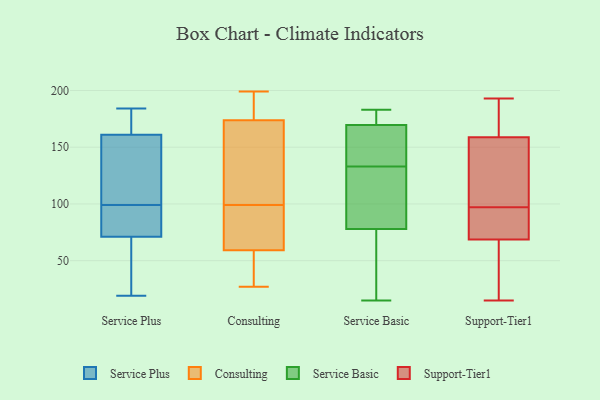
{"axis": {"x": "Temperature (°C)", "y": "Value"}, "legend": ["Consulting", "Service Basic", "Service Plus", "Support-Tier1"], "data": [{"x": "", "y": 44, "type": "Service Plus"}, {"x": "", "y": 175, "type": "Service Plus"}, {"x": "", "y": 64, "type": "Service Plus"}, {"x": "", "y": 147, "type": "Service Plus"}, {"x": "", "y": 79, "type": "Service Plus"}, {"x": "", "y": 19, "type": "Service Plus"}, {"x": "", "y": 176, "type": "Service Plus"}, {"x": "", "y": 122, "type": "Service Plus"}, {"x": "", "y": 184, "type": "Service Plus"}, {"x": "", "y": 95, "type": "Service Plus"}, {"x": "", "y": 78, "type": "Service Plus"}, {"x": "", "y": 103, "type": "Service Plus"}, {"x": "", "y": 80, "type": "Consulting"}, {"x": "", "y": 177, "type": "Consulting"}, {"x": "", "y": 34, "type": "Consulting"}, {"x": "", "y": 199, "type": "Consulting"}, {"x": "", "y": 189, "type": "Consulting"}, {"x": "", "y": 100, "type": "Consulting"}, {"x": "", "y": 163, "type": "Consulting"}, {"x": "", "y": 99, "type": "Consulting"}, {"x": "", "y": 164, "type": "Consulting"}, {"x": "", "y": 29, "type": "Consulting"}, {"x": "", "y": 199, "type": "Consulting"}, {"x": "", "y": 73, "type": "Consulting"}, {"x": "", "y": 55, "type": "Consulting"}, {"x": "", "y": 27, "type": "Consulting"}, {"x": "", "y": 72, "type": "Consulting"}, {"x": "", "y": 173, "type": "Service Basic"}, {"x": "", "y": 148, "type": "Service Basic"}, {"x": "", "y": 166, "type": "Service Basic"}, {"x": "", "y": 32, "type": "Service Basic"}, {"x": "", "y": 82, "type": "Service Basic"}, {"x": "", "y": 179, "type": "Service Basic"}, {"x": "", "y": 118, "type": "Service Basic"}, {"x": "", "y": 114, "type": "Service Basic"}, {"x": "", "y": 155, "type": "Service Basic"}, {"x": "", "y": 49, "type": "Service Basic"}, {"x": "", "y": 151, "type": "Service Basic"}, {"x": "", "y": 174, "type": "Service Basic"}, {"x": "", "y": 183, "type": "Service Basic"}, {"x": "", "y": 81, "type": "Service Basic"}, {"x": "", "y": 15, "type": "Service Basic"}, {"x": "", "y": 75, "type": "Service Basic"}, {"x": "", "y": 184, "type": "Support-Tier1"}, {"x": "", "y": 175, "type": "Support-Tier1"}, {"x": "", "y": 116, "type": "Support-Tier1"}, {"x": "", "y": 72, "type": "Support-Tier1"}, {"x": "", "y": 193, "type": "Support-Tier1"}, {"x": "", "y": 63, "type": "Support-Tier1"}, {"x": "", "y": 140, "type": "Support-Tier1"}, {"x": "", "y": 131, "type": "Support-Tier1"}, {"x": "", "y": 191, "type": "Support-Tier1"}, {"x": "", "y": 97, "type": "Support-Tier1"}, {"x": "", "y": 71, "type": "Support-Tier1"}, {"x": "", "y": 139, "type": "Support-Tier1"}, {"x": "", "y": 84, "type": "Support-Tier1"}, {"x": "", "y": 80, "type": "Support-Tier1"}, {"x": "", "y": 15, "type": "Support-Tier1"}, {"x": "", "y": 25, "type": "Support-Tier1"}, {"x": "", "y": 68, "type": "Support-Tier1"}, {"x": "", "y": 49, "type": "Support-Tier1"}, {"x": "", "y": 165, "type": "Support-Tier1"}]}